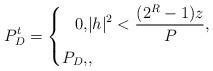
LaTeX: \begin{align*}P_{D}^{t} =\left\{\begin{aligned}0, &|h|^{2} < \frac{(2^{R}-1)z}{P_{}} ,\\ P_{D}, & ,\end{aligned}\right. \end{align*}